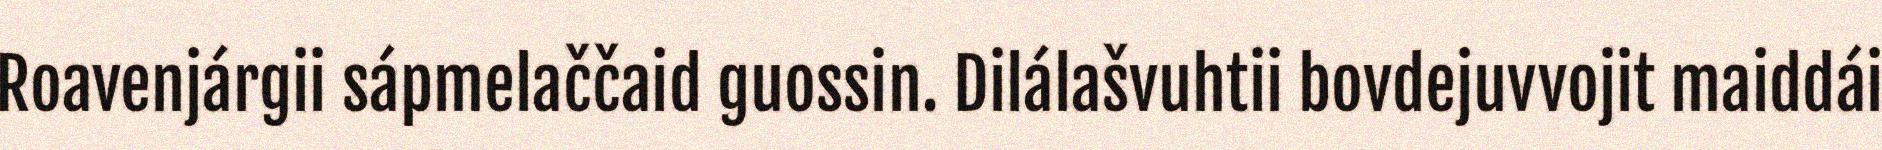
Roavenjárgii sápmelaččaid guossin. Dilálašvuhtii bovdejuvvojit maiddái